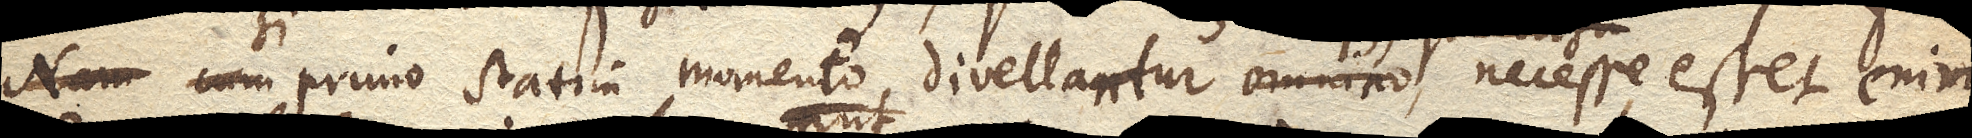
nam cum si primo statim momento divellantur omnino ubique, quo casu necesse esset enim